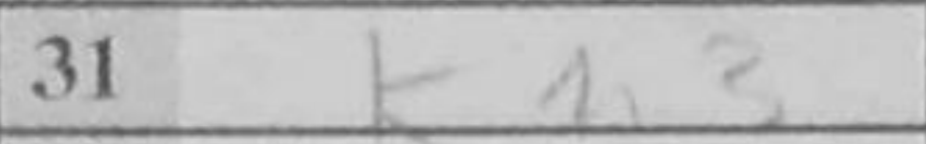
Transcription: Kh3